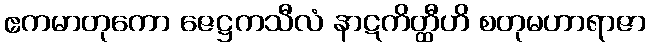
ဧကမာတုကော ဇေဋ္ဌကသီလံ နာဋကိတ္ထီဟိ စတုမဟာရာဇာ